Indian Civil Veterinary Department memoirs
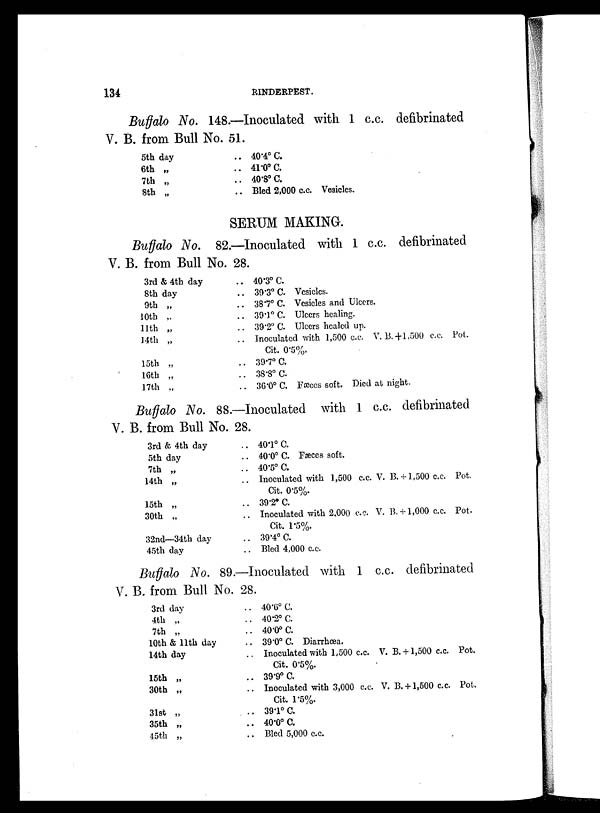
134
RINDERPEST.
Buffalo No. 148.—Inoculated with 1 c.c. defibrinated
V. B. from Bull No. 51.
5th day
6th „
7th „
8th „
.. 40.4º C.
.. 41.0º C.
.. 40.8º C.
.. Bled 2,000 c.c. Vesicles.
SERUM MAKING.
Buffalo No. 82.—Inoculated with 1 c.c. defibrinated
V. B. from Bull No. 28.
3rd & 4th day
8th day
9th „
10th „
11th „
14th „
15th „
16th „
17th „
.. 40.3º C.
.. 39.3º C. Vesicles.
.. 38.7º C. Vesicles and Ulcers.
.. 39.1º C. Ulcers healing.
.. 39.2º C. Ulcers healed up.
.. Inoculated with 1,500 c.c. V. B.+1,500 c.c. Pot.
Cit. 0.5%.
.. 39.7º C.
.. 38.8º C.
.. 36.0º C. Fæces soft. Died at night.
Buffalo No. 88.-Inoculated with 1 c.c. defibrinated
V. B. from Bull No. 28.
3rd & 4th day
5th day
7th „
14th „
15th „
30th „
32nd—34th day
45th day
.. 40.1º C.
.. 40.0º C. Fæces soft.
.. 40.5º C.
.. Inoculated with 1,500 c.c. V. B.+1,500 c.c. Pot.
Cit. 0.5%.
.. 39.2º C.
.. Inoculated with 2,000 c.c. V. B.+1,000 c.c. Pot.
Cit. 1.5%.
.. 39.4º C.
.. Bled 4,000 c.c.
Buffalo No. 89.—Inoculated with 1 c.c. defibrinated
V. B. from Bull No. 28.
3rd day
4th „
7th „
10th & 11th day
14th day
15th „
30th „
31st „
35th „
45th „
.. 40.0º C.
.. 40.2º C.
.. 40.0º C.
.. 39.0º C. Diarrhœa.
.. Inoculated with 1,500 c.c. V. B.+1,500 c.c. Pot.
Cit. 0.5%.
.. 39.9º C.
.. Inoculated with 3,000 c.c. V. B.+1,500 c.c. Pot.
Cit. 1.5%.
.. 39.1º C.
.. 40.0º C.
.. Bled 5,000 c.c.